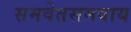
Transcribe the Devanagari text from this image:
समवेतसमवाय